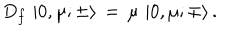
LaTeX: D _ { f } \, \left| 0 , \mu ; \pm \rangle \right. \, = \, \mu \, \left| 0 , \mu ; \mp \rangle \right. .